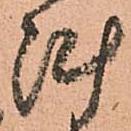
陣